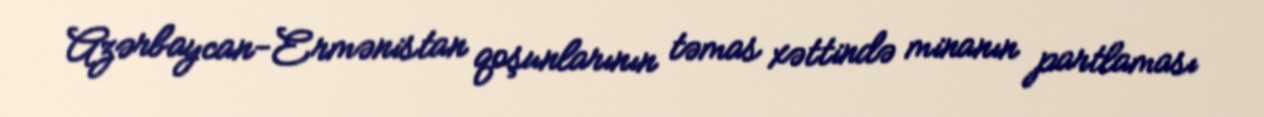
Azərbaycan-Ermənistan qoşunlarının təmas xəttində minanın partlaması